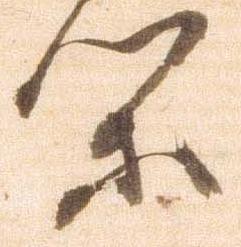
閑